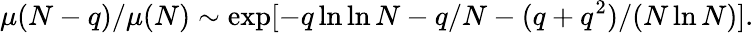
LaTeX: \mu(N-q)/\mu(N)\sim\exp[-q\ln\ln N-q/N-(q+q^{2})/(N\ln N)].